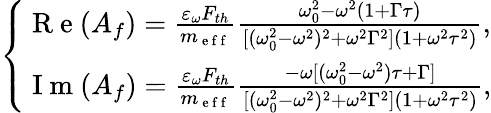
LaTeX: \left\{ \begin{array}{ll}{\mathrm{~R~e~}(A_{f})=\frac{\varepsilon_{\omega}F_{th}}{m_{\mathrm{~e~f~f~}}}\frac{\omega_{0}^{2}-\omega^{2}(1+\Gamma\tau)}{[(\omega_{0}^{2}-\omega^{2})^{2}+\omega^{2}\Gamma^{2}](1+\omega^{2}\tau^{2})},}\\ {\mathrm{~I~m~}(A_{f})=\frac{\varepsilon_{\omega}F_{th}}{m_{\mathrm{~e~f~f~}}}\frac{-\omega[(\omega_{0}^{2}-\omega^{2})\tau+\Gamma]}{[(\omega_{0}^{2}-\omega^{2})^{2}+\omega^{2}\Gamma^{2}](1+\omega^{2}\tau^{2})},}\end{array}\right.